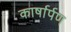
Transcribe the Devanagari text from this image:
कार्षार्पण